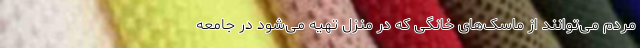
مردم می‌توانند از ماسک‌های خانگی که در منزل تهیه می‌شود در جامعه